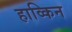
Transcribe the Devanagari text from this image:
हाव्किन